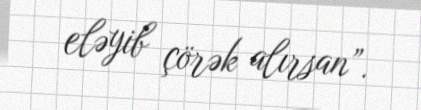
eləyib çörək alırsan”.